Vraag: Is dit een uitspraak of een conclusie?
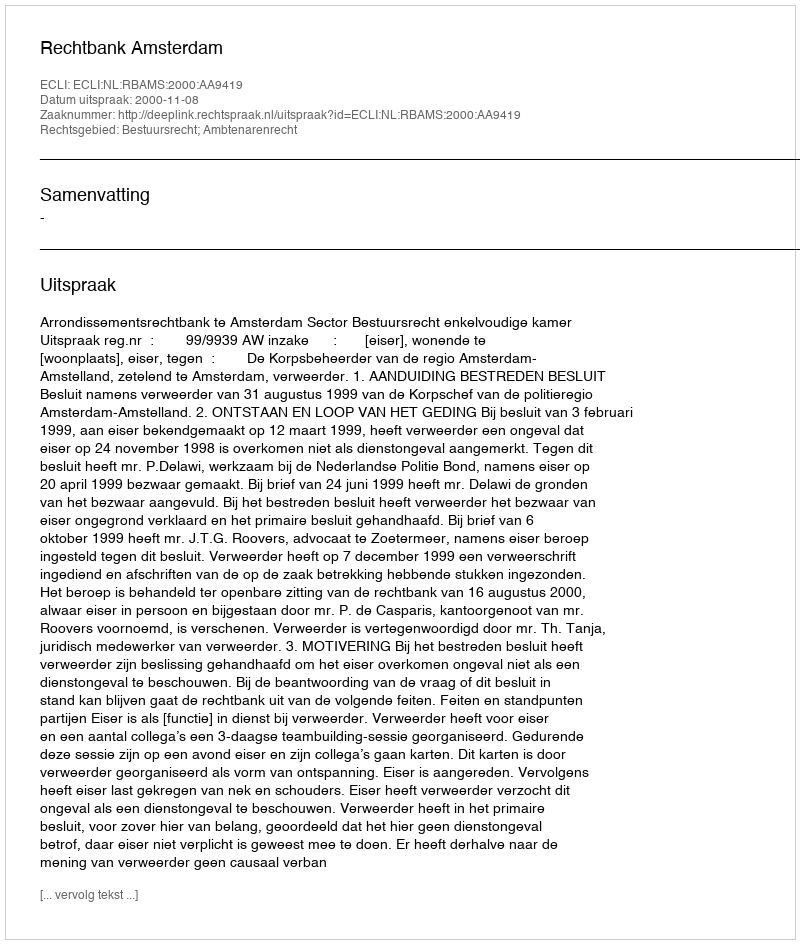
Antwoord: Uitspraak